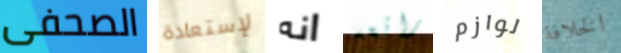
الصحفى لإستعادة انه رائعه لوازم الخلافة